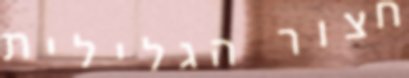
חצור הגלילית